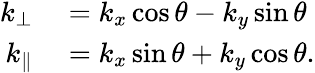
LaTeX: \begin{array}{rl}{k_{\bot}}&{{}=k_{x}\cos\theta-k_{y}\sin\theta}\\ {k_{\parallel}}&{{}=k_{x}\sin\theta+k_{y}\cos\theta.}\end{array}